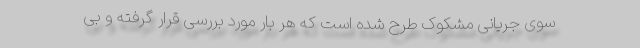
سوی جریانی مشکوک طرح شده است که هر بار مورد بررسی قرار گرفته و بی